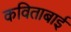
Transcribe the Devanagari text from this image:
कविताबाई